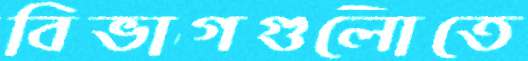
বিভাগগুলোতে